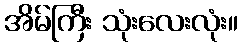
အိမ်ကြီး သုံးလေးလုံး။